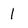
Character: 1